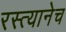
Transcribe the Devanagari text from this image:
रस्त्यानेच